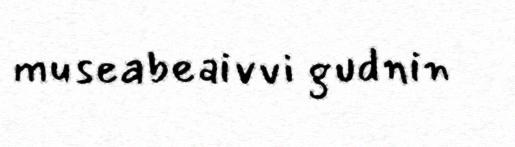
museabeaivvi gudnin